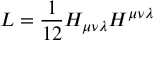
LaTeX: { \cal { L } } = \frac { 1 } { 1 2 } H _ { \mu \nu \lambda } H ^ { \mu \nu \lambda }